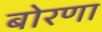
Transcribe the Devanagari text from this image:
बोरणा